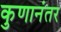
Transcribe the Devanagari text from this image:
कुणानंतर